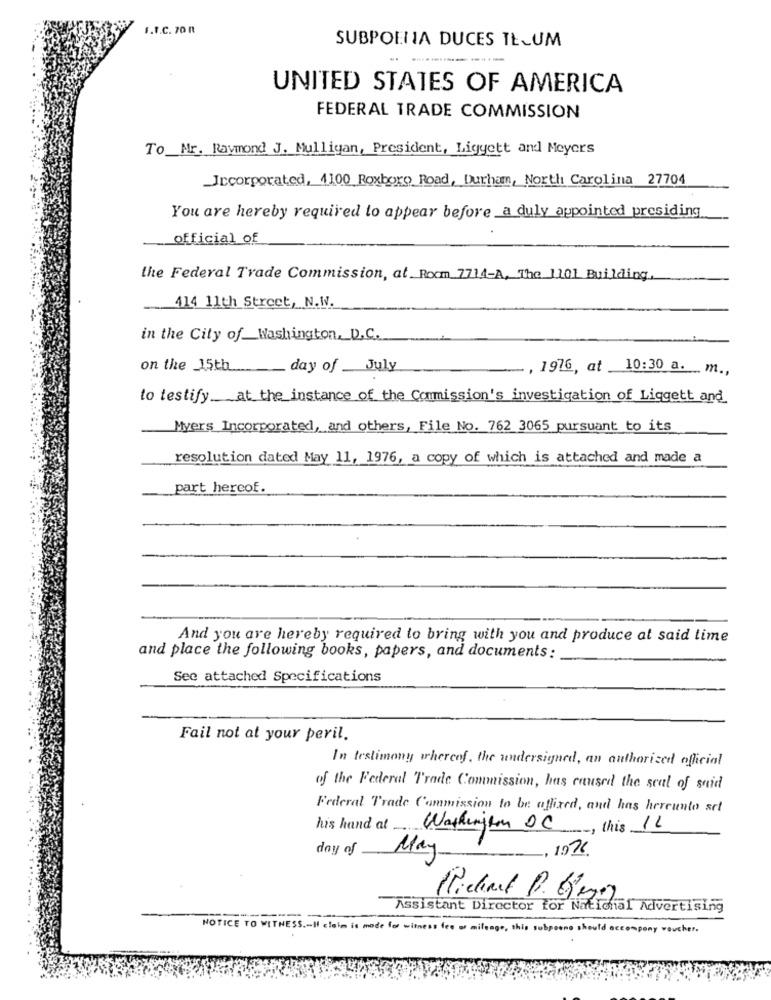
F.I.C. POR
SUBPOENA DUCES TELUM
UNITED STATES OF AMERICA
FEDERAL TRADE COMMISSION
To_Mr. Raymond J. Mulligan, President, Ligyett and Meyers
Incorporated, 4100 Roxboro Road, Durham, North Carolina 27704
You are hereby required lo appear before a duly appointed presiding
official_of
the Federal Trade Commission, at Room 7714-A, The 1101 Building.
414 11th Street, N.W.
in the City of_Washington, D.C.
on the 15th
day of __ July
...., 1976, at 10:30 a. m .,
to testify at the_instance of the Commission's investigation of Liggett and
Myers Incorporated, and others, File No. 762 3065 pursuant to its
resolution dated May 11, 1976, a copy of which is attached and made a
part hereof.
And you are hereby required to bring with you and produce at said time
and place the following books, papers, and documents:
See attached Specifications
Fail not at your peril.
In testimony whereof, the undersigned, an authorized official
of the Federal Trade Commission, has caused the seal of said
Federal Trade Commission to be affixed, and has hereunto set
his hand at Washington DC, this IL
day of
May
-, 1926.
Assistant Director for National Advertising
==
NOTICE TO WITNESS .- I claim is made for witness fee of mileage, this subpoena should accompany voucher.